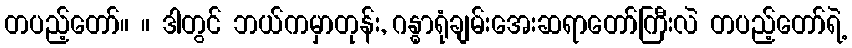
တပည့်တော်။ ။ ဒါတွင် ဘယ်ကမှာတုန်း, ဂန္ဓာရုံချမ်းအေးဆရာတော်ကြီးလဲ တပည့်တော်ရဲ့